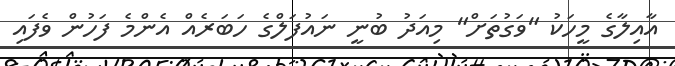
އާއިލާގެ މީހަކު "ވަގުތަށް" މިއަދު ބުނީ ނައުފަލްގެ ހަބަރެއް އެންމެ ފަހުން ވެފައި